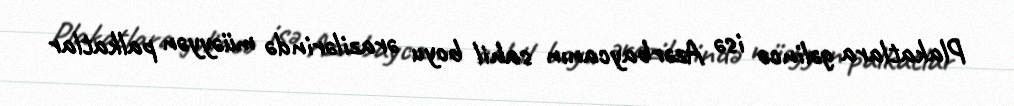
Plakatlara gəlincə isə Azərbaycanın sahil boyu ərazilərində müəyyən palkatlar